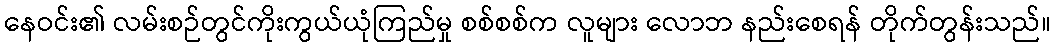
နေဝင်း၏ လမ်းစဉ်တွင်ကိုးကွယ်ယုံကြည်မှု စစ်စစ်က လူများ လောဘ နည်းစေရန် တိုက်တွန်းသည်။